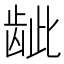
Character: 龇